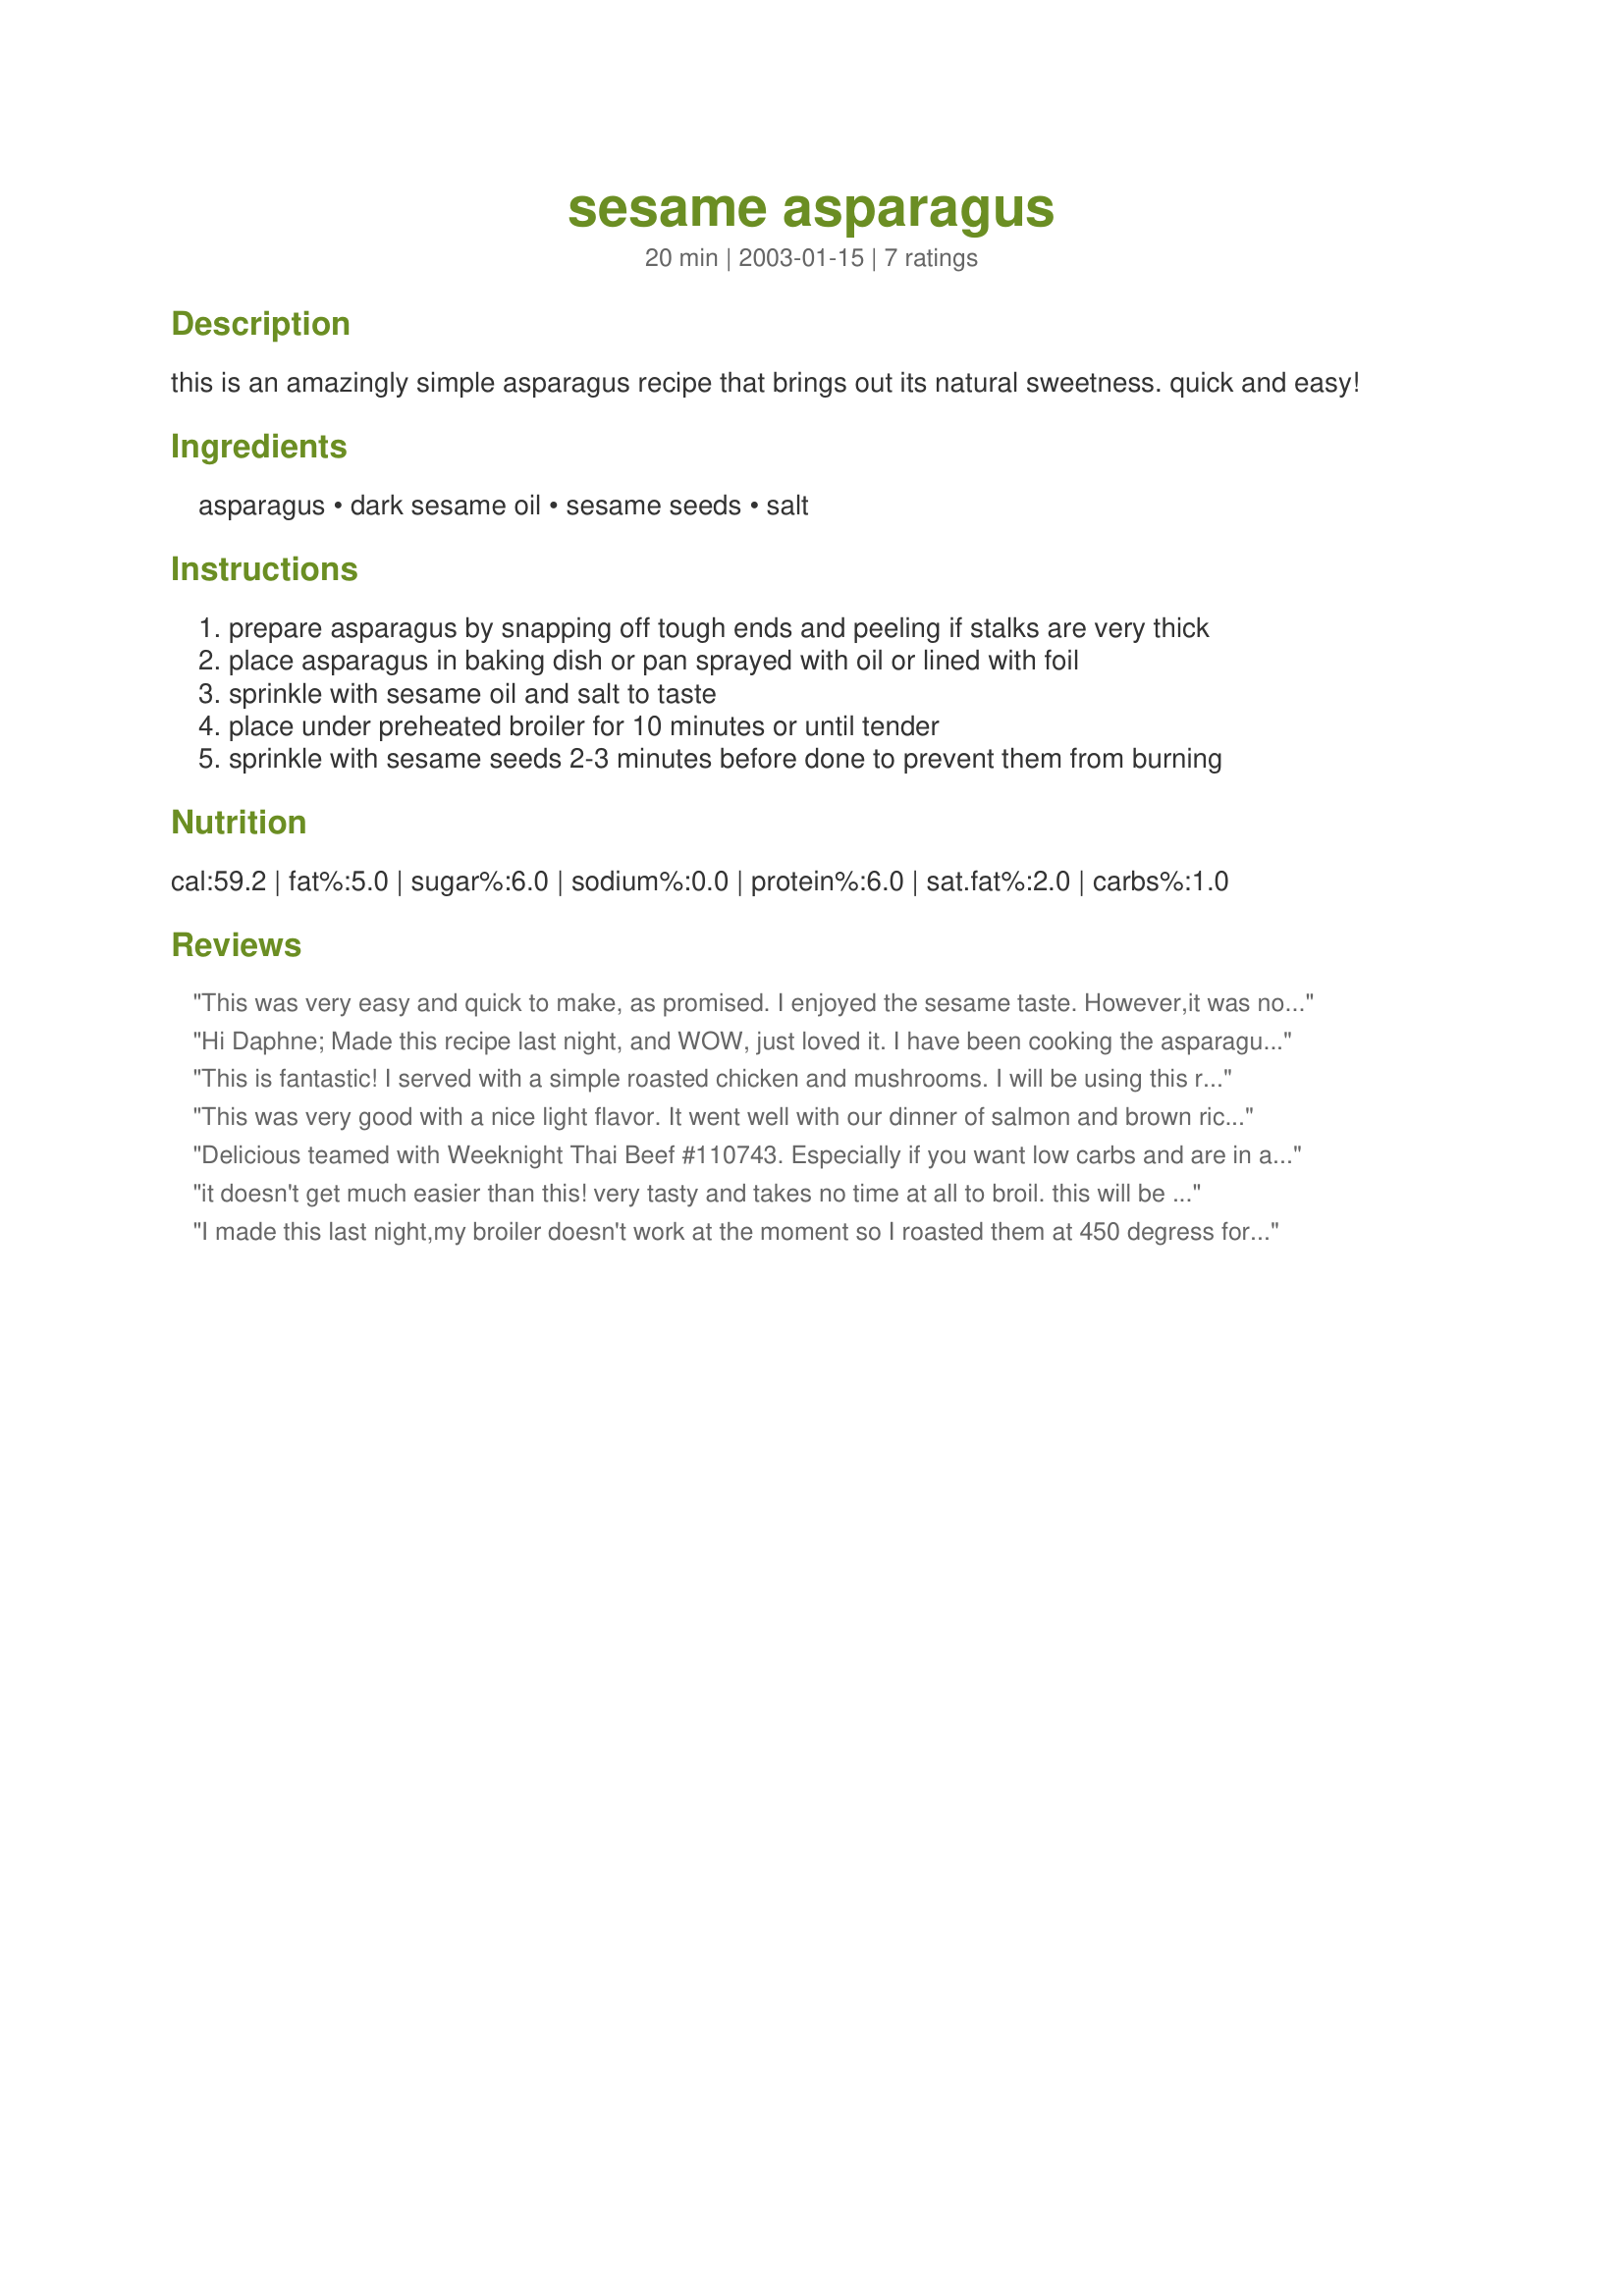
sesame asparagus
Preparation time: 20 minutes

this is an amazingly simple asparagus recipe that brings out its natural sweetness. quick and easy!

Ingredients:
asparagus, dark sesame oil, sesame seeds, salt

Steps:
prepare asparagus by snapping off tough ends and peeling if stalks are very thick
place asparagus in baking dish or pan sprayed with oil or lined with foil
sprinkle with sesame oil and salt to taste
place under preheated broiler for 10 minutes or until tender
sprinkle with sesame seeds 2-3 minutes before done to prevent them from burning

Reviews:
This was very easy and quick to make, as promised. I enjoyed the sesame taste. However,it was not overly remarkable and I probably won't make it again.
Hi Daphne;
Made this recipe last night, and WOW, just loved it. I have been cooking the asparagus in the Microwave up until now, but will certainly be making yours again. Different and very tasty.
Thanks for posting.
"Uncle Bill"
This is fantastic! I served with a simple roasted chicken and mushrooms. I will be using this recipe often.
This was very good with a nice light flavor. It went well with our dinner of salmon and brown rice. Instead of salt I sprinkled on 1 tsp. of fish sauce.
Delicious teamed with Weeknight Thai Beef #110743. Especially if you want low carbs and are in a time pinch. Dinner will make it to the table in less than 30 minutes. Fantastic!
it doesn't get much easier than this! very tasty and takes no time at all to broil. this will be great on the grill this summer, thanks for this recipe
I made this last night,my broiler doesn't work at the moment so I roasted them at 450 degress for the reccommend time. This a great dish and a nice change from just steaming. Will make on regular basis! Thanks,Daphne2002
